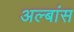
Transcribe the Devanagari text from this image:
अल्बांस